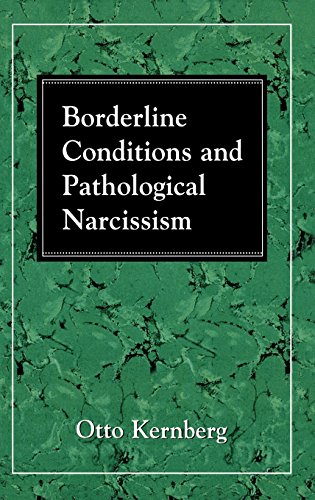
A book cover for Borderline Conditions and Pathological Narcissism (The Master Work Series); Otto F. Kernberg; Medical Books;